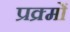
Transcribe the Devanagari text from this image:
प्रक्र्मों